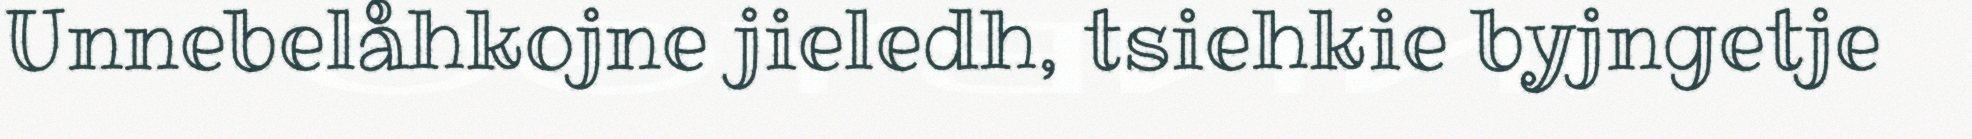
Unnebelåhkojne jieledh, tsiehkie byjngetje